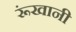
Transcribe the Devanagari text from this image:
रूंखानी